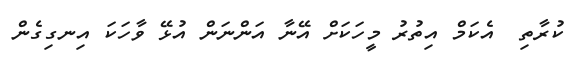
ކުރާތި  އެކަމް އިތުރު މީހަކަށް އޭނާ އަންނަން އުޅޭ ވާހަކަ އިނގިގެން